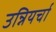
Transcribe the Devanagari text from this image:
उन्नियर्चा